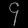
Digit: ၄